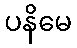
ပနိမေ